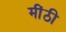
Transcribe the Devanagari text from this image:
मींठी